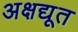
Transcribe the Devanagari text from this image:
अक्षद्यूत